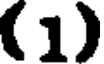
(1)